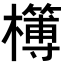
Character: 𣟔